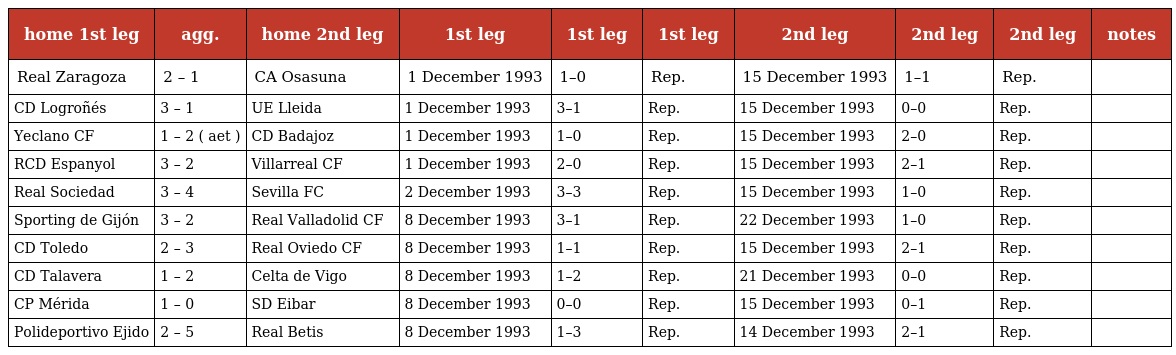
| home 1st leg | agg. | home 2nd leg | 1st leg | 1st leg | 1st leg | 2nd leg | 2nd leg | 2nd leg | notes |
 | --- | --- | --- | --- | --- | --- | --- | --- | --- | --- |
 | Real Zaragoza | 2 – 1 | CA Osasuna | 1 December 1993 | 1–0 | Rep. | 15 December 1993 | 1–1 | Rep. |  |
 | CD Logroñés | 3 – 1 | UE Lleida | 1 December 1993 | 3–1 | Rep. | 15 December 1993 | 0–0 | Rep. |  |
 | Yeclano CF | 1 – 2 ( aet ) | CD Badajoz | 1 December 1993 | 1–0 | Rep. | 15 December 1993 | 2–0 | Rep. |  |
 | RCD Espanyol | 3 – 2 | Villarreal CF | 1 December 1993 | 2–0 | Rep. | 15 December 1993 | 2–1 | Rep. |  |
 | Real Sociedad | 3 – 4 | Sevilla FC | 2 December 1993 | 3–3 | Rep. | 15 December 1993 | 1–0 | Rep. |  |
 | Sporting de Gijón | 3 – 2 | Real Valladolid CF | 8 December 1993 | 3–1 | Rep. | 22 December 1993 | 1–0 | Rep. |  |
 | CD Toledo | 2 – 3 | Real Oviedo CF | 8 December 1993 | 1–1 | Rep. | 15 December 1993 | 2–1 | Rep. |  |
 | CD Talavera | 1 – 2 | Celta de Vigo | 8 December 1993 | 1–2 | Rep. | 21 December 1993 | 0–0 | Rep. |  |
 | CP Mérida | 1 – 0 | SD Eibar | 8 December 1993 | 0–0 | Rep. | 15 December 1993 | 0–1 | Rep. |  |
 | Polideportivo Ejido | 2 – 5 | Real Betis | 8 December 1993 | 1–3 | Rep. | 14 December 1993 | 2–1 | Rep. |  |